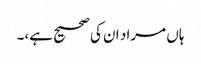
ہاں مراد ان کی صحیح ہے،۔